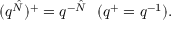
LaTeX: ( q ^ { \hat { N } } ) ^ { + } = q ^ { - \hat { N } } \ \ ( q ^ { + } = q ^ { - 1 } ) .